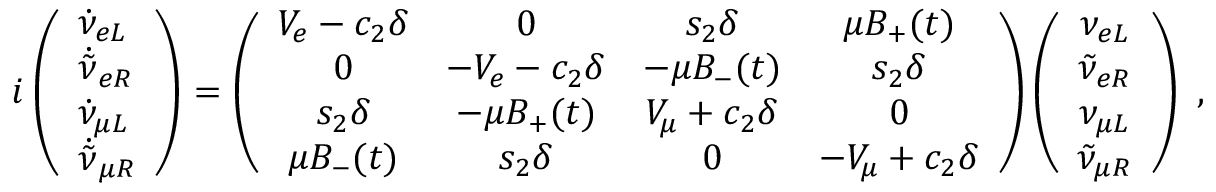
i \left( \begin{array} { l } { { \dot { \nu } _ { e L } } } \\ { { \dot { \tilde { \nu } } _ { e R } } } \\ { { \dot { \nu } _ { \mu L } } } \\ { { \dot { \tilde { \nu } } _ { \mu R } } } \end{array} \right) = \left( \begin{array} { c c c c } { { V _ { e } - c _ { 2 } \delta } } & { { 0 } } & { { s _ { 2 } \delta } } & { { \mu B _ { + } ( t ) } } \\ { { 0 } } & { { - V _ { e } - c _ { 2 } \delta } } & { { - \mu B _ { - } ( t ) } } & { { s _ { 2 } \delta } } \\ { { s _ { 2 } \delta } } & { { - \mu B _ { + } ( t ) } } & { { V _ { \mu } + c _ { 2 } \delta } } & { { 0 } } \\ { { \mu B _ { - } ( t ) } } & { { s _ { 2 } \delta } } & { { 0 } } & { { - V _ { \mu } + c _ { 2 } \delta } } \end{array} \right) \left( \begin{array} { c } { { \nu _ { e L } } } \\ { { \tilde { \nu } _ { e R } } } \\ { { \nu _ { \mu L } } } \\ { { \tilde { \nu } _ { \mu R } } } \end{array} \right) ~ ,